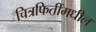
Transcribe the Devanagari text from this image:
चित्रफितींमधील